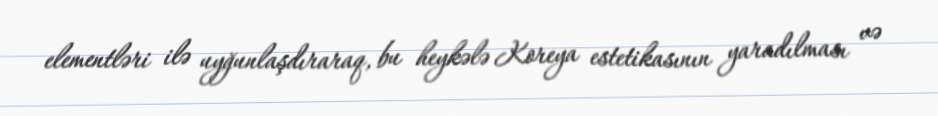
elementləri ilə uyğunlaşdıraraq, bu heykələ Koreya estetikasının yaradılması və